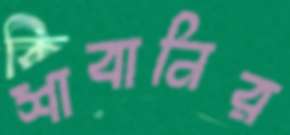
শাবানির